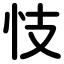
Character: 忮